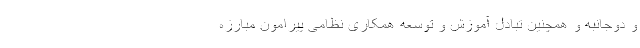
و دوجانبه و همچنین تبادل آموزش و توسعه همکاری نظامی پیرامون مبارزه